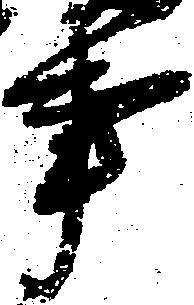
事